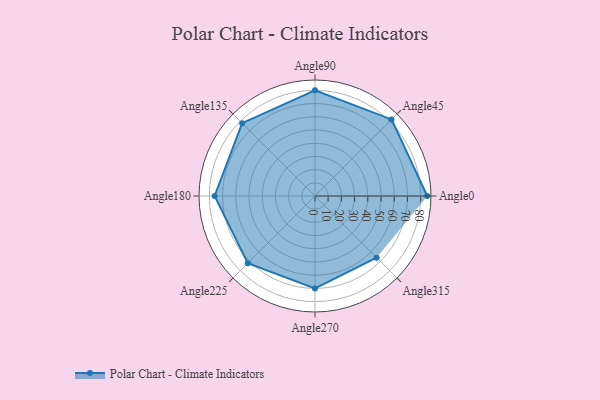
{"axis": {"x": "Angle", "y": "Radius"}, "legend": [""], "data": [{"x": "Angle0", "y": 85.0, "type": ""}, {"x": "Angle45", "y": 82.0, "type": ""}, {"x": "Angle90", "y": 80.0, "type": ""}, {"x": "Angle135", "y": 78.0, "type": ""}, {"x": "Angle180", "y": 76.0, "type": ""}, {"x": "Angle225", "y": 72.0, "type": ""}, {"x": "Angle270", "y": 70.0, "type": ""}, {"x": "Angle315", "y": 66.0, "type": ""}]}